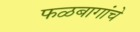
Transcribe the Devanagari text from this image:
फळबागांचे